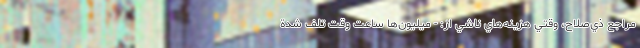
مراجع ذي‌صلاح، وقتي هزينه‌هاي ناشي از: - ميليون‌ها ساعت وقت تلف شدة